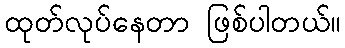
ထုတ်လုပ်နေတာ ဖြစ်ပါတယ်။